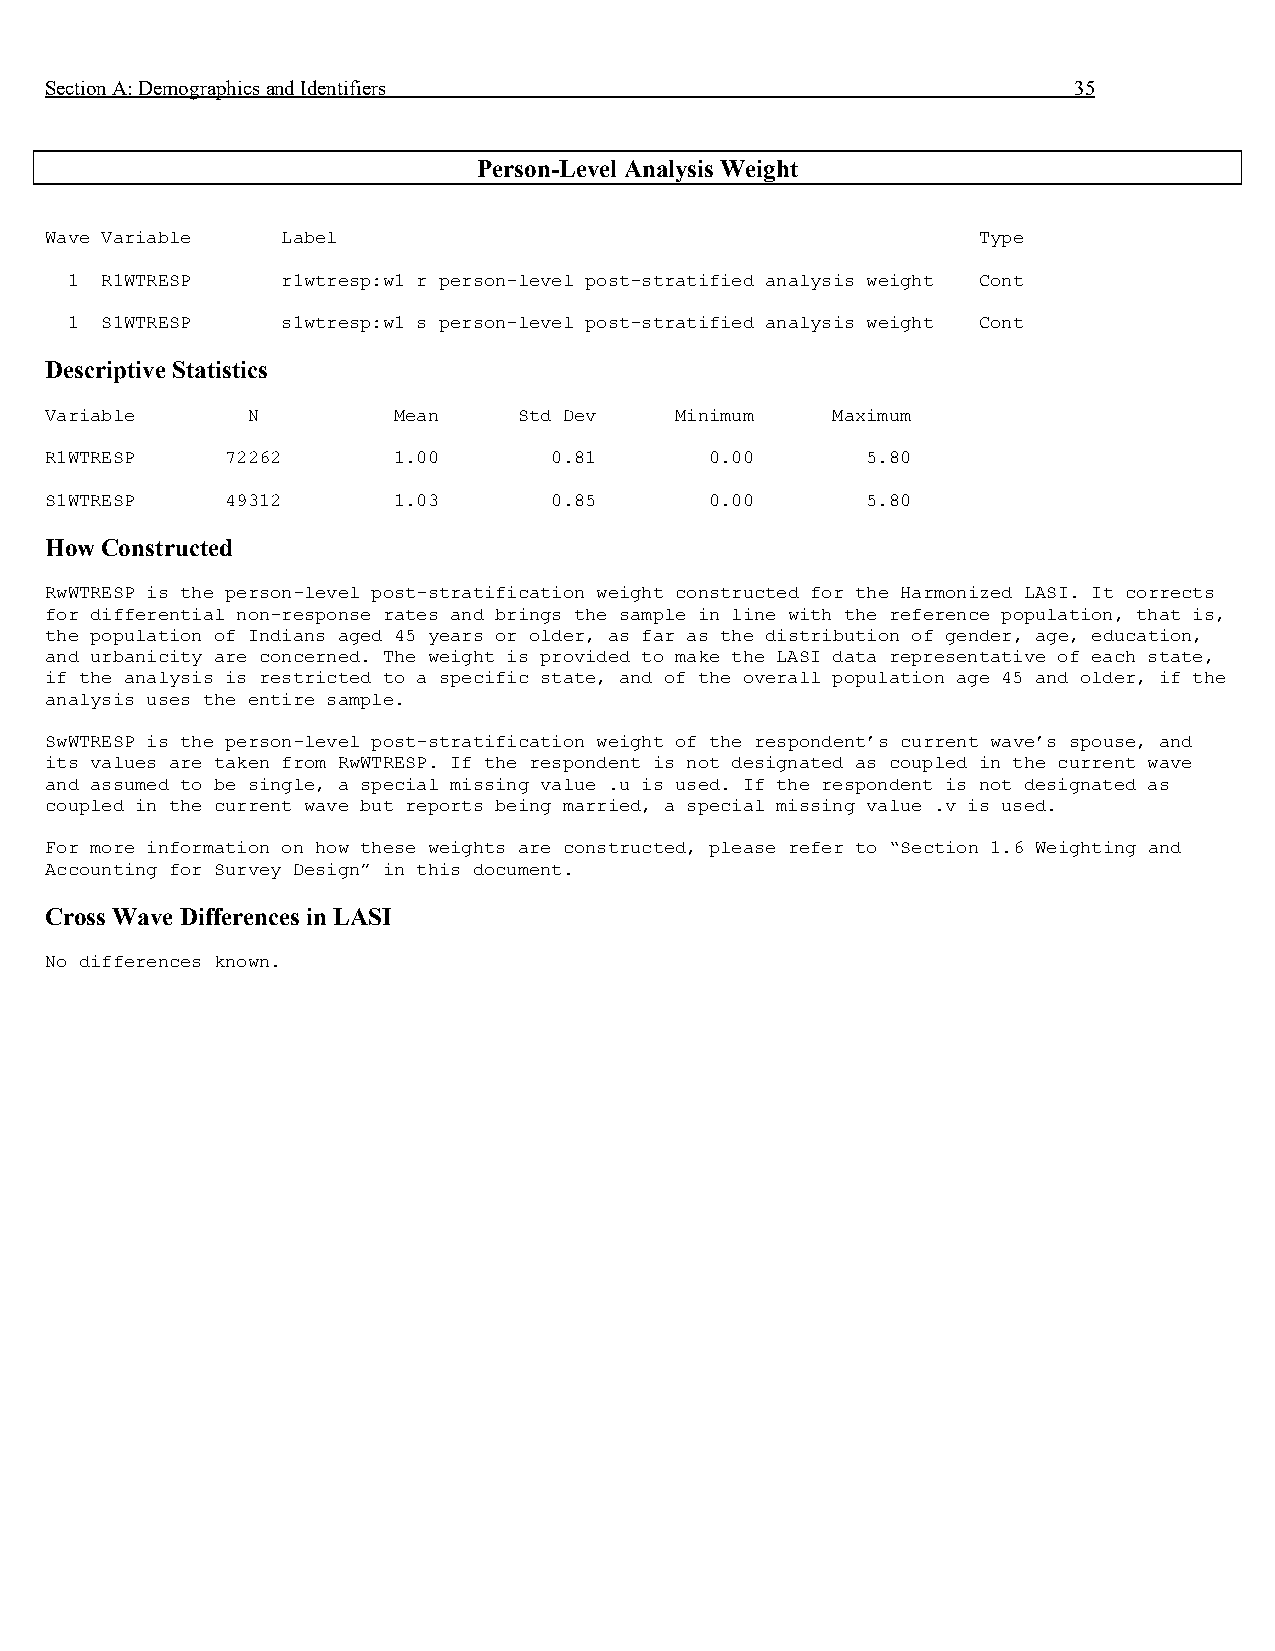
Section A: Demographics and Identifiers                             35
 Person-Level Analysis Weight
 Wave Variable   Label                                         Type
 1  R1WTRESP    r1wtresp:w1 r person-level post-stratified analysis weight Cont
 1  S1WTRESP    s1wtresp:w1 s person-level post-stratified analysis weight Cont
 Descriptive Statistics
 Variable     N         Mean    Std Dev    Minimum   Maximum
 R1WTRESP    72262      1.00      0.81       0.00      5.80
 S1WTRESP    49312      1.03      0.85       0.00      5.80
 How Constructed
 RwWTRESP is the person-level post-stratification weight constructed for the Harmonized LASI. It corrects
 for differential non-response rates and brings the sample in line with the reference population, that is,
 the population of Indians aged 45 years or older, as far as the distribution of gender, age, education,
 and urbanicity are concerned. The weight is provided to make the LASI data representative of each state,
 if the analysis is restricted to a specific state, and of the overall population age 45 and older, if the
 analysis uses the entire sample.
 SwWTRESP is the person-level post-stratification weight of the respondent’s current wave’s spouse, and
 its values are taken from RwWTRESP. If the respondent is not designated as coupled in the current wave
 and assumed to be single, a special missing value .u is used. If the respondent is not designated as
 coupled in the current wave but reports being married, a special missing value .v is used.
 For more information on how these weights are constructed, please refer to “Section 1.6 Weighting and
 Accounting for Survey Design” in this document.
 Cross Wave Differences in LASI
 No differences known.